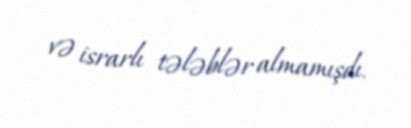
və israrlı tələblər almamışdı.